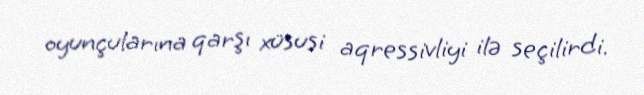
oyunçularına qarşı xüsusi aqressivliyi ilə seçilirdi.